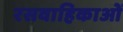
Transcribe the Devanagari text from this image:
रसवाहिकाओं